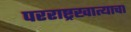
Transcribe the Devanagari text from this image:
परराष्ट्रखात्याचा